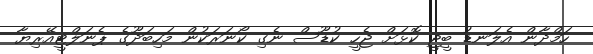
ހަމްދާން އެލަނޑު ބީޖީ ކޮޅަށް ޖެހީ ކުޑޫސް ނެގި ކޯނަރަކުން މަހިބަދޫގެ ޕެނަލްޓީއޭރިޔާ